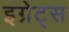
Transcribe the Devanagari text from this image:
इग्रेट्स